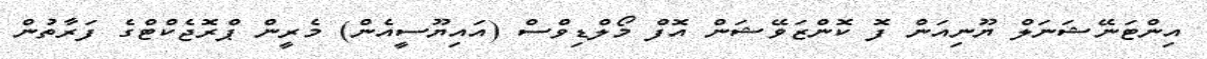
އިންޓަނޭޝަނަލް ޔޫނިއަން ފޮ ކޮންޒަވޭޝަން އޮފް މޯލްޑިވްސް (އައިޔޫސީއެން) މެރީން ޕްރޮޖެކްޓްގެ ފަރާތުން